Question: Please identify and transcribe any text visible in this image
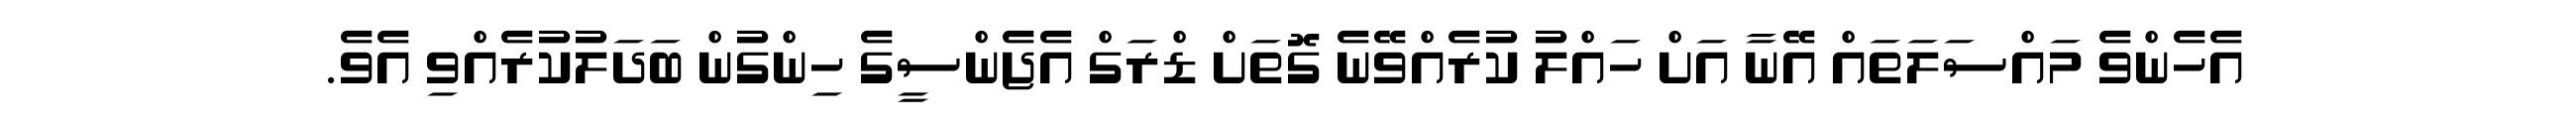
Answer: އެހެންވެ މައްސަލަތައް އޭނާ އަށް ހައްލު ކުރެއްވޭނެ ގޮތަށް ޑްރަގް އެޖެންސީގެ ހިންގުން ބަދަލުކުރެއްވި އެވެ.